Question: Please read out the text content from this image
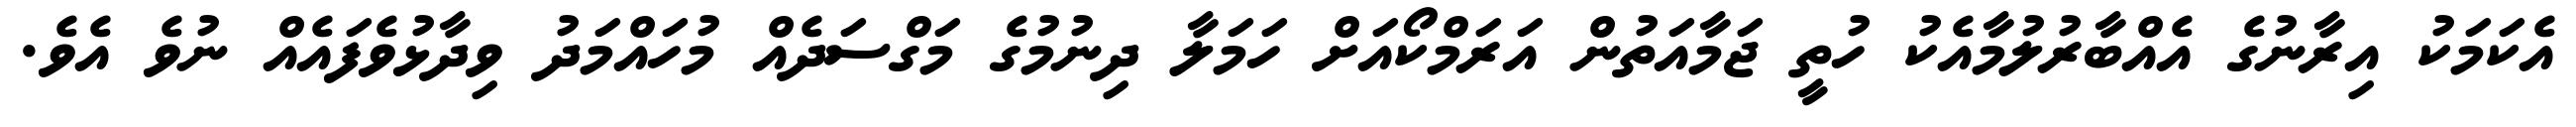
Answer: އެކަމަކު އިރާނުގެ އެއްބާރުލުމާއެކު ހުތީ ޖަމާއަތުން އަރަމްކޯއަށް ހަމަލާ ދިނުމުގެ މަގްސަދެއް މުހައްމަދު ވިދާޅުވެފައެއް ނުވެ އެވެ.